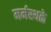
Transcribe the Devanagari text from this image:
मर्मस्थळे